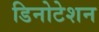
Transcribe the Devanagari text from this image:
डिनोटेशन